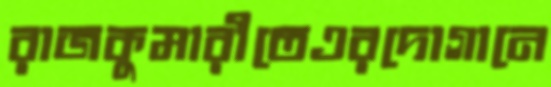
রাজকুমারীতেএরদোগানে